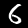
Digit: 6